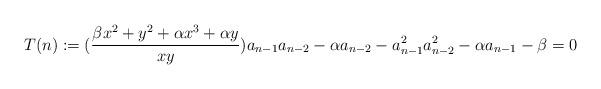
LaTeX: \begin{align*} T(n):= (\frac{\beta x^2+y^2+\alpha x^3+\alpha y}{xy})a_{n-1}a_{n-2}-\alpha a_{n-2}-a_{n-1}^2a_{n-2}^2-\alpha a_{n-1}-\beta=0\end{align*}